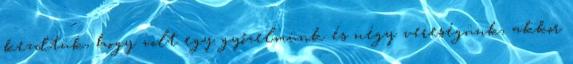
kezdtük, hogy volt egy győzelmünk és négy vereségünk, akkor